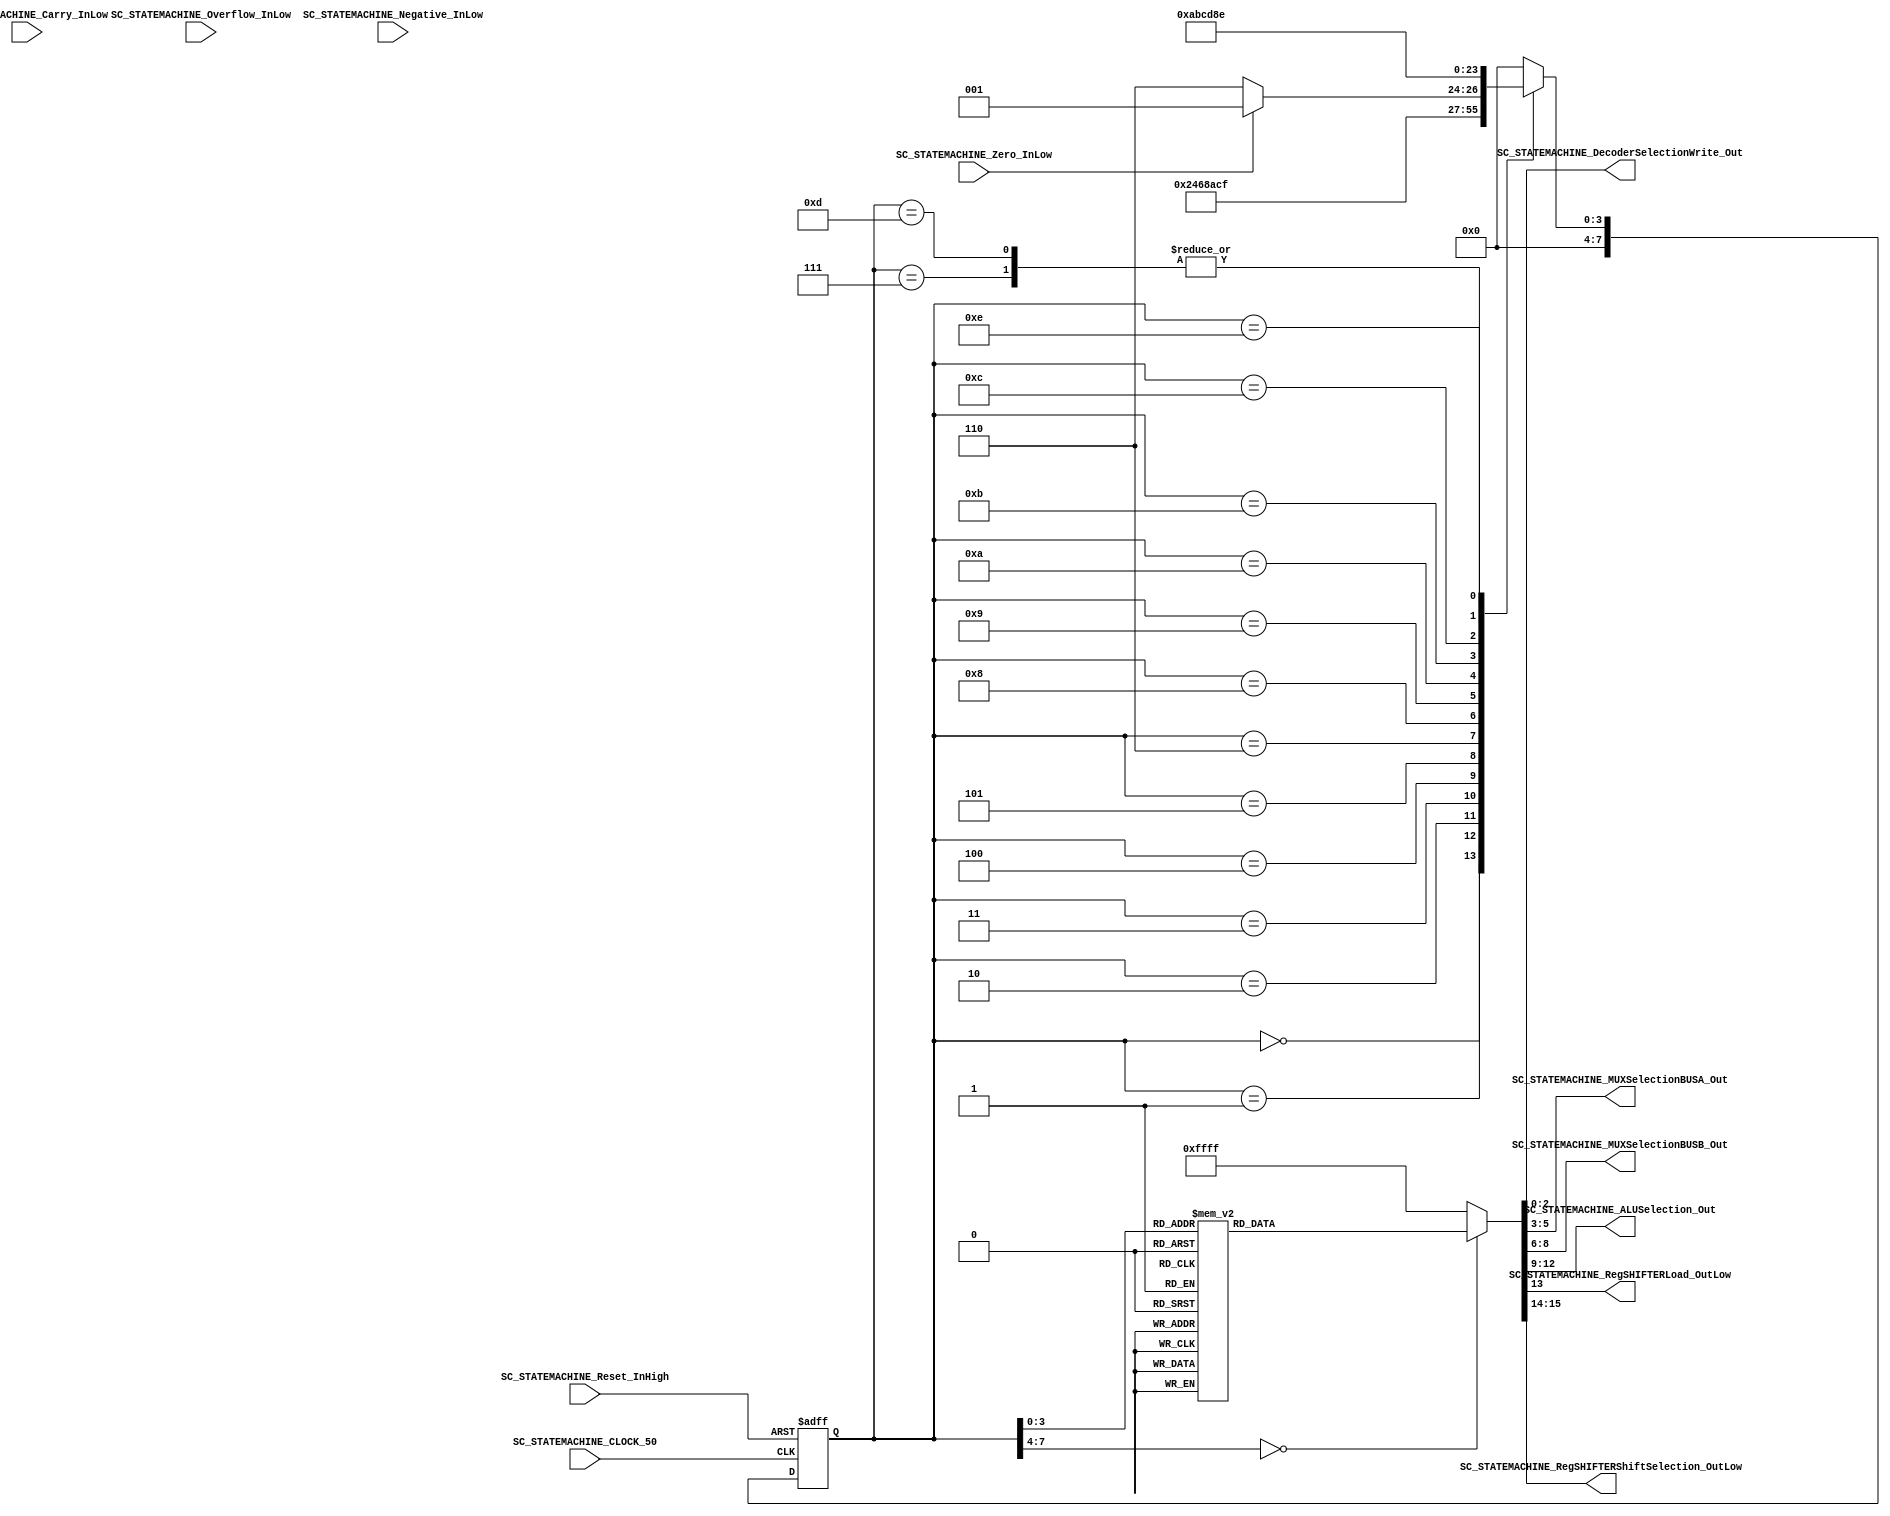
//##########################################################################
//######					G0B1T HDL EXAMPLES											####
//######	Fredy Enrique Segura-Quijano fsegura@uniandes.edu.co				####   
//######																						####   
//######				MODIFICADO: Marzo de 2018 - FES								####   
//##########################################################################
//# G0B1T
//# Copyright (C) 2018 Bogot, Colombia
//# 
//# This program is free software: you can redistribute it and/or modify
//# it under the terms of the GNU General Public License as published by
//# the Free Software Foundation, version 3 of the License.
//#
//# This program is distributed in the hope that it will be useful,
//# but WITHOUT ANY WARRANTY; without even the implied warranty of
//# MERCHANTABILITY or FITNESS FOR A PARTICULAR PURPOSE.  See the
//# GNU General Public License for more details.
//#
//# You should have received a copy of the GNU General Public License
//# along with this program.  If not, see <http://www.gnu.org/licenses/>.
//#/
//###########################################################################

//=======================================================
//  MODULE Definition
//=======================================================
module SC_STATEMACHINE #(parameter DATAWIDTH_DECODER_SELECTION=3, parameter DATAWIDTH_MUX_SELECTION=3, parameter DATAWIDTH_ALU_SELECTION=4,  parameter DATAWIDTH_REGSHIFTER_SELECTION=2 ) (
	//////////// OUTPUTS //////////
	SC_STATEMACHINE_DecoderSelectionWrite_Out,
	SC_STATEMACHINE_MUXSelectionBUSA_Out,
	SC_STATEMACHINE_MUXSelectionBUSB_Out,
	SC_STATEMACHINE_ALUSelection_Out,
	SC_STATEMACHINE_RegSHIFTERLoad_OutLow,
	SC_STATEMACHINE_RegSHIFTERShiftSelection_OutLow,
	//////////// INPUTS //////////
	SC_STATEMACHINE_CLOCK_50,
	SC_STATEMACHINE_Reset_InHigh,
	SC_STATEMACHINE_Overflow_InLow,
	SC_STATEMACHINE_Carry_InLow,
	SC_STATEMACHINE_Negative_InLow,
	SC_STATEMACHINE_Zero_InLow
);	
//=======================================================
//  PARAMETER declarations
//=======================================================
// states declaration
	localparam State_RESET_0									= 0;
	localparam State_START_0									= 1;
	localparam State_MOV_RegGEN2_RegFIX1_0					= 2;
	localparam State_MOV_RegGEN2_RegFIX1_1					= 3;
	localparam State_MOV_RegGEN2_RegFIX1_2					= 4;
	localparam State_MOV_RegGEN3_RegFIX0_0					= 5;
	localparam State_MOV_RegGEN3_RegFIX0_1					= 6;
	localparam State_MOV_RegGEN3_RegFIX0_2					= 7;
	localparam State_DEC_RegGEN2_0							= 8;
	localparam State_DEC_RegGEN2_1							= 9;	
	localparam State_DEC_RegGEN2_2							= 10;		
	localparam State_ADD_RegGEN3_RegGEN3_RegFIX0_0		= 11;		
	localparam State_ADD_RegGEN3_RegGEN3_RegFIX0_1		= 12;		
	localparam State_ADD_RegGEN3_RegGEN3_RegFIX0_2		= 13;		
	localparam State_END_0										= 14;


//=======================================================
//  PORT declarations
//=======================================================
	output reg	[DATAWIDTH_DECODER_SELECTION-1:0] SC_STATEMACHINE_DecoderSelectionWrite_Out;
	output reg	[DATAWIDTH_MUX_SELECTION-1:0] SC_STATEMACHINE_MUXSelectionBUSA_Out;
	output reg	[DATAWIDTH_MUX_SELECTION-1:0] SC_STATEMACHINE_MUXSelectionBUSB_Out;
	output reg	[DATAWIDTH_ALU_SELECTION-1:0] SC_STATEMACHINE_ALUSelection_Out;
	output reg	SC_STATEMACHINE_RegSHIFTERLoad_OutLow;
	output reg	[DATAWIDTH_REGSHIFTER_SELECTION-1:0] SC_STATEMACHINE_RegSHIFTERShiftSelection_OutLow;
	input			SC_STATEMACHINE_CLOCK_50;
	input			SC_STATEMACHINE_Reset_InHigh;
	input			SC_STATEMACHINE_Overflow_InLow;	
	input			SC_STATEMACHINE_Carry_InLow;	
	input			SC_STATEMACHINE_Negative_InLow;	
	input			SC_STATEMACHINE_Zero_InLow;		
//=======================================================
//  REG/WIRE declarations
//=======================================================
	reg [7:0] State_Register;
	reg [7:0] State_Signal;
	//wire [15:0] State_uInstruction;

//=======================================================
//  Structural coding
//=======================================================
//INPUT LOGIC: COMBINATIONAL
// NEXT STATE LOGIC : COMBINATIONAL
	always @(*)
	case (State_Register)
	//TO INIT REGISTERS
		// 
		State_RESET_0: State_Signal = State_START_0;
		State_START_0: State_Signal = State_MOV_RegGEN2_RegFIX1_0;
		
		State_MOV_RegGEN2_RegFIX1_0: State_Signal = State_MOV_RegGEN2_RegFIX1_1;
		State_MOV_RegGEN2_RegFIX1_1: State_Signal = State_MOV_RegGEN2_RegFIX1_2;		
		State_MOV_RegGEN2_RegFIX1_2: State_Signal = State_MOV_RegGEN3_RegFIX0_0;
		
		State_MOV_RegGEN3_RegFIX0_0: State_Signal = State_MOV_RegGEN3_RegFIX0_1;
		State_MOV_RegGEN3_RegFIX0_1: State_Signal = State_MOV_RegGEN3_RegFIX0_2;
		State_MOV_RegGEN3_RegFIX0_2: State_Signal = State_DEC_RegGEN2_0;
		
		State_DEC_RegGEN2_0: if (SC_STATEMACHINE_Zero_InLow == 1) State_Signal = State_DEC_RegGEN2_1;
									else State_Signal = State_END_0;
		State_DEC_RegGEN2_1: State_Signal = State_DEC_RegGEN2_2;
		State_DEC_RegGEN2_2: State_Signal = State_ADD_RegGEN3_RegGEN3_RegFIX0_0;		
		State_ADD_RegGEN3_RegGEN3_RegFIX0_0: State_Signal = State_ADD_RegGEN3_RegGEN3_RegFIX0_1;		
		State_ADD_RegGEN3_RegGEN3_RegFIX0_1: State_Signal = State_ADD_RegGEN3_RegGEN3_RegFIX0_2;				
		State_ADD_RegGEN3_RegGEN3_RegFIX0_2: State_Signal = State_DEC_RegGEN2_0;
		State_END_0: State_Signal = State_END_0;
		
		default : State_Signal = State_RESET_0;
	endcase
	
// STATE REGISTER : SEQUENTIAL
	always @ ( posedge SC_STATEMACHINE_CLOCK_50 , posedge SC_STATEMACHINE_Reset_InHigh)
	if (SC_STATEMACHINE_Reset_InHigh==1)
		State_Register <= State_RESET_0;
	else
		State_Register <= State_Signal;
		
//=======================================================
//  Outputs
//=======================================================
// OUTPUT LOGIC : COMBINATIONAL

//	assign State_uInstruction = {State_uInstruction,StateMachine_MUXSelectionBUSA_Out,StateMachine_MUXSelectionBUSB_Out,StateMachine_ALUSelection_Out,StateMachine_RegSHIFTERLoad_OutLow,StateMachine_RegSHIFTERShiftSelection_OutLow}
	always @ (*)
	case (State_Register)
//=========================================================
// RESET STATE
//=========================================================
	State_RESET_0 :	
		begin	
		//=========================================================
		// WRITE DATA: FROM BUSC TO GENERAL REGISTERS
		//=========================================================
			// 111 NO GenREG Selected; 000 GenREG_0, ... 011 GenREG_3;
			SC_STATEMACHINE_DecoderSelectionWrite_Out = 3'b111;	
		//=========================================================
		// READ DATA: FROM REGISTER(FIXED OR GENERAL) TO BUSA or BUS_B or BOTH OF THEM
		//=========================================================
			// TO BUS A: 000 RegGen_0; 001 RegGen_1; 010 RegGen_2; 011 RegGen_3; 100 RegFIX_0; 101 RegFIX_1; 110 NA; 111 NA;
			SC_STATEMACHINE_MUXSelectionBUSA_Out = 3'b111;				
			// TO BUS B: 000 RegGen_0; 001 RegGen_1; 010 RegGen_2; 011 RegGen_3; 100 RegFIX_0; 101 RegFIX_1; 110 NA; 111 NA;
			SC_STATEMACHINE_MUXSelectionBUSB_Out = 3'b111;				
		//=========================================================
		// ALU OPERATION: 
		//=========================================================
			// 0000 BUSA; 0001 OR; 0010 AND; 0011 NOT A; 0100 XOR; 0101-0111 A; 1000 ADD; 1001 SUB; 1010 INC; 1011 DEC; 1100-1111 A;
			SC_STATEMACHINE_ALUSelection_Out = 4'b1111;
		//=========================================================
		// SHIFT REGISTER CONTROL: LOAD DATA IN REGSHIFER and REGSHIFER SELECTION
		//=========================================================
			// LOAD: 1 NO LOAD;  0 LOAD;
			SC_STATEMACHINE_RegSHIFTERLoad_OutLow = 1;						
			// SHIFT: 01 ShiftLeft; 10 ShiftRight; 00-11 NOTHING
			SC_STATEMACHINE_RegSHIFTERShiftSelection_OutLow = 2'b11;		
		end

//=========================================================
// START STATE
//=========================================================
	State_START_0 :	
		begin	
			SC_STATEMACHINE_DecoderSelectionWrite_Out = 3'b111;	
			SC_STATEMACHINE_MUXSelectionBUSA_Out = 3'b111;				
			SC_STATEMACHINE_MUXSelectionBUSB_Out = 3'b111;				
			SC_STATEMACHINE_ALUSelection_Out = 4'b1111;
			SC_STATEMACHINE_RegSHIFTERLoad_OutLow = 1;						
			SC_STATEMACHINE_RegSHIFTERShiftSelection_OutLow = 2'b11;		
		end

//=========================================================
// MUL: RegGEN3 = RegFIX0 * RegFIX1
//=========================================================
// SE ASUME MULIPLICACION DE NUMEROS POSITIVOS
// RegFIX0: Multiplicando (El que se suma RegFIX1 veces)
// RegFIX1: Multiplicador
// RegGEN2: ACUMULADOR PARCIAL DE LA ITERACION
// RegGEN3: ACUMULADOR PARCIAL DE LA MULTIPLICACION

// 	 			RegGEN2 = RegFIX1; 		(Los 3 pasos de la operacion)
// 				RegGEN3 = RegFIX0;		(Los 3 pasos de la operacion)
//  	NEXT2:	RegGEN2 = RegGEN2 - 1; 	(Paso 1 para ver banderas)
//		 			if (StateMachine_Zero_InLow = 1) 
//						goto NEXT1;
//					else
//						goto END;						
//		NEXT1:	RegGEN2 = RegGEN2 - 1;	(Los 2 pasos siguientes de la operacion)
//  				RegGEN3 = RegGEN3 + RegFIX0; (Los 3 pasos de la operacion)
//		 				goto NEXT2;
//		END:			goto END;
	

//=========================================================
// A: 			RegGEN2 = RegFIX1;
//=========================================================
	State_MOV_RegGEN2_RegFIX1_0 :	
		begin	
			SC_STATEMACHINE_DecoderSelectionWrite_Out = 3'b111;	
			SC_STATEMACHINE_MUXSelectionBUSA_Out = 3'b101;				//*
			SC_STATEMACHINE_MUXSelectionBUSB_Out = 3'b111;				
			SC_STATEMACHINE_ALUSelection_Out = 4'b0000;					//*
			SC_STATEMACHINE_RegSHIFTERLoad_OutLow = 1;						
			SC_STATEMACHINE_RegSHIFTERShiftSelection_OutLow = 2'b11;		
		end		
	State_MOV_RegGEN2_RegFIX1_1 :	
		begin	
			SC_STATEMACHINE_DecoderSelectionWrite_Out = 3'b111;	
			SC_STATEMACHINE_MUXSelectionBUSA_Out = 3'b101;				//*
			SC_STATEMACHINE_MUXSelectionBUSB_Out = 3'b111;				
			SC_STATEMACHINE_ALUSelection_Out = 4'b0000;					//*
			SC_STATEMACHINE_RegSHIFTERLoad_OutLow = 0;					//*
			SC_STATEMACHINE_RegSHIFTERShiftSelection_OutLow = 2'b11;		
		end		
	State_MOV_RegGEN2_RegFIX1_2 :	
		begin	
			SC_STATEMACHINE_DecoderSelectionWrite_Out = 3'b010;		//*
			SC_STATEMACHINE_MUXSelectionBUSA_Out = 3'b111;				
			SC_STATEMACHINE_MUXSelectionBUSB_Out = 3'b111;				
			SC_STATEMACHINE_ALUSelection_Out = 4'b1111;					
			SC_STATEMACHINE_RegSHIFTERLoad_OutLow = 1;					
			SC_STATEMACHINE_RegSHIFTERShiftSelection_OutLow = 2'b11;		
		end		
//=========================================================
// B: 			RegGEN3 = RegFIX0;
//=========================================================
	State_MOV_RegGEN3_RegFIX0_0 :	
		begin	
			SC_STATEMACHINE_DecoderSelectionWrite_Out = 3'b111;	
			SC_STATEMACHINE_MUXSelectionBUSA_Out = 3'b100;				//*
			SC_STATEMACHINE_MUXSelectionBUSB_Out = 3'b111;				
			SC_STATEMACHINE_ALUSelection_Out = 4'b0000;					//*
			SC_STATEMACHINE_RegSHIFTERLoad_OutLow = 1;						
			SC_STATEMACHINE_RegSHIFTERShiftSelection_OutLow = 2'b11;		
		end		
	State_MOV_RegGEN3_RegFIX0_1 :	
		begin	
			SC_STATEMACHINE_DecoderSelectionWrite_Out = 3'b111;	
			SC_STATEMACHINE_MUXSelectionBUSA_Out = 3'b100;				//*
			SC_STATEMACHINE_MUXSelectionBUSB_Out = 3'b111;				
			SC_STATEMACHINE_ALUSelection_Out = 4'b0000;					//*
			SC_STATEMACHINE_RegSHIFTERLoad_OutLow = 0;					//*
			SC_STATEMACHINE_RegSHIFTERShiftSelection_OutLow = 2'b11;		
		end		
	State_MOV_RegGEN3_RegFIX0_2 :	
		begin	
			SC_STATEMACHINE_DecoderSelectionWrite_Out = 3'b011;		//*
			SC_STATEMACHINE_MUXSelectionBUSA_Out = 3'b111;				
			SC_STATEMACHINE_MUXSelectionBUSB_Out = 3'b111;				
			SC_STATEMACHINE_ALUSelection_Out = 4'b1111;					
			SC_STATEMACHINE_RegSHIFTERLoad_OutLow = 1;					
			SC_STATEMACHINE_RegSHIFTERShiftSelection_OutLow = 2'b11;		
		end		
//=========================================================
// C. REPEAT:	RegGEN2 = RegGEN2 - 1; 
//=========================================================
	State_DEC_RegGEN2_0 :	
		begin	
			SC_STATEMACHINE_DecoderSelectionWrite_Out = 3'b111;	
			SC_STATEMACHINE_MUXSelectionBUSA_Out = 3'b010;				//*
			SC_STATEMACHINE_MUXSelectionBUSB_Out = 3'b111;				
			SC_STATEMACHINE_ALUSelection_Out = 4'b1011;					//*
			SC_STATEMACHINE_RegSHIFTERLoad_OutLow = 1;						
			SC_STATEMACHINE_RegSHIFTERShiftSelection_OutLow = 2'b11;		
		end		
	State_DEC_RegGEN2_1 :	
		begin	
			SC_STATEMACHINE_DecoderSelectionWrite_Out = 3'b111;	
			SC_STATEMACHINE_MUXSelectionBUSA_Out = 3'b010;				//*
			SC_STATEMACHINE_MUXSelectionBUSB_Out = 3'b111;				
			SC_STATEMACHINE_ALUSelection_Out = 4'b1011;					//*
			SC_STATEMACHINE_RegSHIFTERLoad_OutLow = 0;					//*
			SC_STATEMACHINE_RegSHIFTERShiftSelection_OutLow = 2'b11;		
		end		
	State_DEC_RegGEN2_2 :	
		begin	
			SC_STATEMACHINE_DecoderSelectionWrite_Out = 3'b010;		//*
			SC_STATEMACHINE_MUXSelectionBUSA_Out = 3'b111;				
			SC_STATEMACHINE_MUXSelectionBUSB_Out = 3'b111;				
			SC_STATEMACHINE_ALUSelection_Out = 4'b1111;					
			SC_STATEMACHINE_RegSHIFTERLoad_OutLow = 1;					
			SC_STATEMACHINE_RegSHIFTERShiftSelection_OutLow = 2'b11;		
		end		
//=========================================================
// D. 				RegGEN3 = RegGEN3 + RegFIX0;
//=========================================================
	State_ADD_RegGEN3_RegGEN3_RegFIX0_0 :	
		begin	
			SC_STATEMACHINE_DecoderSelectionWrite_Out = 3'b111;	
			SC_STATEMACHINE_MUXSelectionBUSA_Out = 3'b011;				//*
			SC_STATEMACHINE_MUXSelectionBUSB_Out = 3'b100;				//*
			SC_STATEMACHINE_ALUSelection_Out = 4'b1000;					//*
			SC_STATEMACHINE_RegSHIFTERLoad_OutLow = 1;						
			SC_STATEMACHINE_RegSHIFTERShiftSelection_OutLow = 2'b11;		
		end		
	State_ADD_RegGEN3_RegGEN3_RegFIX0_1 :	
		begin	
			SC_STATEMACHINE_DecoderSelectionWrite_Out = 3'b111;	
			SC_STATEMACHINE_MUXSelectionBUSA_Out = 3'b011;				//*
			SC_STATEMACHINE_MUXSelectionBUSB_Out = 3'b100;				//*
			SC_STATEMACHINE_ALUSelection_Out = 4'b1000;					//*
			SC_STATEMACHINE_RegSHIFTERLoad_OutLow = 0;					//*
			SC_STATEMACHINE_RegSHIFTERShiftSelection_OutLow = 2'b11;		
		end		
	State_ADD_RegGEN3_RegGEN3_RegFIX0_2 :	
		begin	
			SC_STATEMACHINE_DecoderSelectionWrite_Out = 3'b011;		//*
			SC_STATEMACHINE_MUXSelectionBUSA_Out = 3'b111;				
			SC_STATEMACHINE_MUXSelectionBUSB_Out = 3'b111;				
			SC_STATEMACHINE_ALUSelection_Out = 4'b1111;					
			SC_STATEMACHINE_RegSHIFTERLoad_OutLow = 1;					
			SC_STATEMACHINE_RegSHIFTERShiftSelection_OutLow = 2'b11;		
		end		
		
//=========================================================
// END STATE
//=========================================================
	State_END_0 :	
		begin	
			SC_STATEMACHINE_DecoderSelectionWrite_Out = 3'b111;	
			SC_STATEMACHINE_MUXSelectionBUSA_Out = 3'b111;				
			SC_STATEMACHINE_MUXSelectionBUSB_Out = 3'b111;				
			SC_STATEMACHINE_ALUSelection_Out = 4'b1111;
			SC_STATEMACHINE_RegSHIFTERLoad_OutLow = 1;						
			SC_STATEMACHINE_RegSHIFTERShiftSelection_OutLow = 2'b11;		
		end	
//=========================================================
// DEFAULT
//=========================================================
	default:	
		begin	
			SC_STATEMACHINE_DecoderSelectionWrite_Out = 3'b111;
			SC_STATEMACHINE_MUXSelectionBUSA_Out = 3'b111;
			SC_STATEMACHINE_MUXSelectionBUSB_Out = 3'b111;
			SC_STATEMACHINE_ALUSelection_Out = 4'b1111;
			SC_STATEMACHINE_RegSHIFTERLoad_OutLow = 1;
			SC_STATEMACHINE_RegSHIFTERShiftSelection_OutLow = 2'b11;
		end
endcase

endmodule